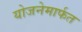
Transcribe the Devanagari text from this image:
योजनेमार्फत